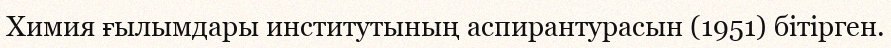
Химия ғылымдары институтының аспирантурасын (1951) бітірген.